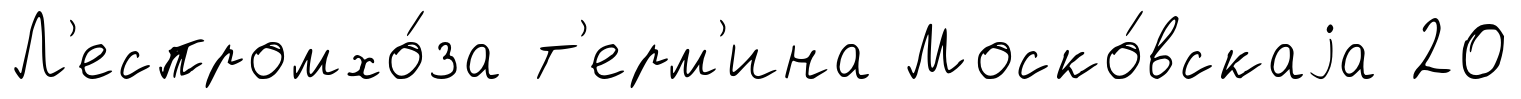
Л'еспромхо́за т'ерм'ина Моско́вскаjа 20